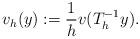
LaTeX: \begin{align*}v_h(y):=\frac{1}{h}v(T_h^{-1}y).\end{align*}